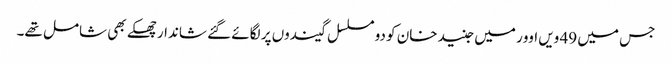
جس میں 49 ویں اوور میں جنید خان کو دو مسلسل گیندوں پر لگائے گئے شاندار چھکے بھی شامل تھے۔